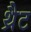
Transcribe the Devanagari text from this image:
थ्रैट